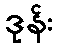
ဒုန်း